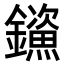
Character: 𮣤